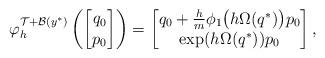
LaTeX: \begin{align*} \varphi_h^{\mathcal{T} + \mathcal{B}(y^*)} \left( \begin{bmatrix} q_0 \\ p_0 \end{bmatrix} \right)= \begin{bmatrix} q_0 + \frac{h}{m} \phi_1 \big(h\Omega(q^*)\big) p_0 \\ \exp(h \Omega(q^*)) p_0 \end{bmatrix},\end{align*}